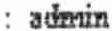
: ADMIN